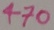
Text: 470